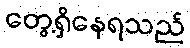
တွေ့ရှိနေရသည်